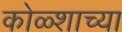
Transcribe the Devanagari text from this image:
कोळ्शाच्या